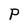
Character: P